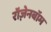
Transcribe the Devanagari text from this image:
रॉज़ेनबॉम